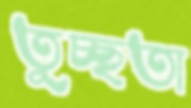
তুচ্ছতা